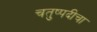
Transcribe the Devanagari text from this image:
चतुष्पदीचा